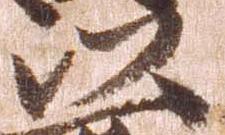
以